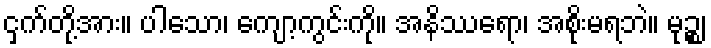
ငှက်တို့အား။ ပါသော၊ ကျော့ကွင်းကို။ အနိဿရော၊ အစိုးမရဘဲ။ မုဉ္စ၊